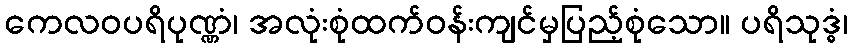
ကေလဝပရိပုဏ္ဏံ၊ အလုံးစုံထက်ဝန်းကျင်မှပြည့်စုံသော။ ပရိသုဒ္ဓံ၊